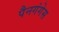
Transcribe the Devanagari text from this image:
पैनगंगेस